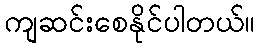
ကျဆင်းစေနိုင်ပါတယ်။